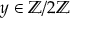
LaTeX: y \in \mathbb { Z } / 2 \mathbb { Z }